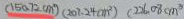
( 1 5 0 . 7 2 c m ^ { 2 } ) ( 2 0 7 . 2 4 c m ^ { 2 } ) ( 2 2 6 . 0 8 c m ^ { 3 }